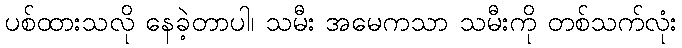
ပစ်ထားသလို နေခဲ့တာပါ၊ သမီး အမေကသာ သမီးကို တစ်သက်လုံး